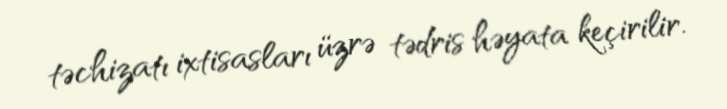
təchizatı ixtisasları üzrə tədris həyata keçirilir.